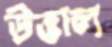
উত্তাল